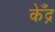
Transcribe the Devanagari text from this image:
केँद्र